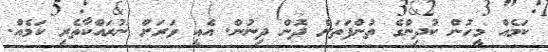
ކަމެއް މީހުން ކުދިންގެ ތުންފަތަށް ދޮން ދިނުން. އެއީ ވަރަށް ނުރައްކާތެރި ކަމެއް.